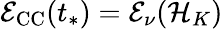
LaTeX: \mathcal{E}_{\mathrm{CC}}(t_{*})=\mathcal{E}_{\nu}(\mathcal{H}_{K})